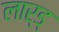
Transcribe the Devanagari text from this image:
लार्ड्‌